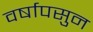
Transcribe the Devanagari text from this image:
वर्षापसुन